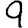
Digit: 9